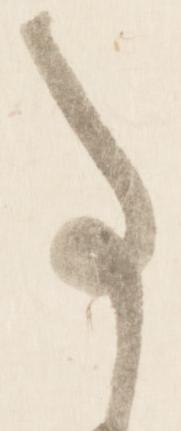
事